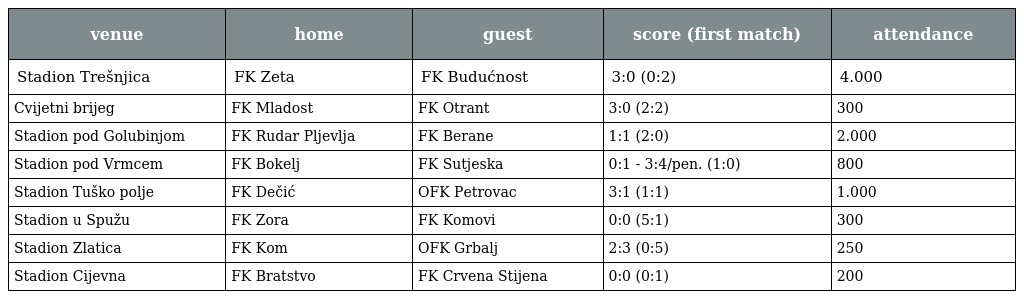
| venue | home | guest | score (first match) | attendance |
 | --- | --- | --- | --- | --- |
 | Stadion Trešnjica | FK Zeta | FK Budućnost | 3:0 (0:2) | 4.000 |
 | Cvijetni brijeg | FK Mladost | FK Otrant | 3:0 (2:2) | 300 |
 | Stadion pod Golubinjom | FK Rudar Pljevlja | FK Berane | 1:1 (2:0) | 2.000 |
 | Stadion pod Vrmcem | FK Bokelj | FK Sutjeska | 0:1 - 3:4/pen. (1:0) | 800 |
 | Stadion Tuško polje | FK Dečić | OFK Petrovac | 3:1 (1:1) | 1.000 |
 | Stadion u Spužu | FK Zora | FK Komovi | 0:0 (5:1) | 300 |
 | Stadion Zlatica | FK Kom | OFK Grbalj | 2:3 (0:5) | 250 |
 | Stadion Cijevna | FK Bratstvo | FK Crvena Stijena | 0:0 (0:1) | 200 |